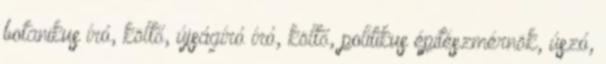
botanikus író, költő, újságíró író, költő, politikus építészmérnök, úszó,